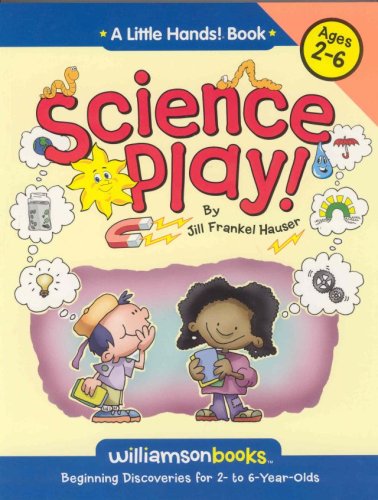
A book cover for Science Play (Williamson Little Hands Series) (Williamson Little Hands Book); Jill Frankel Hauser; Children's Books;